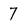
Character: 7